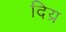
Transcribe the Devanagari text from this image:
दिय्र